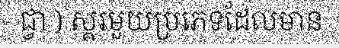
ជ្វា ) ស្គរមួយប្រភេទដែលមាន